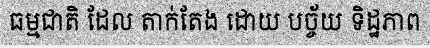
ធម្មជាតិ ដែល តាក់តែង ដោយ បច្ច័យ ទិដ្ឋភាព